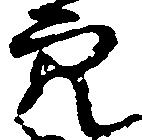
穴